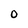
Character: 0